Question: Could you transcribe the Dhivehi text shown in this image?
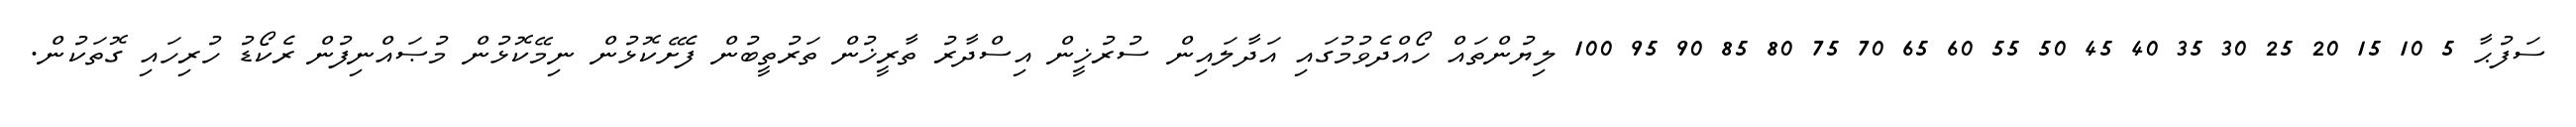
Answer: ސަފުޙާ 5 10 15 20 25 30 35 40 45 50 55 60 65 70 75 80 85 90 95 100 ލިޔުންތައް ހޯއްދެވުމުގައި އަދާލައިން ސުރުޚީން އިސްދާރު ތާރީޚުން ތަރުތީބުން ފެށޭކޮޅުން ނިމޭކޮޅުން މުޞައްނިފުން ރެކޯޑު ހުރިހައި ގޮތަކުން.